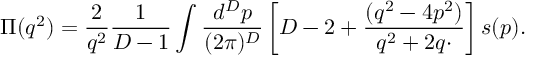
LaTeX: \Pi ( q ^ { 2 } ) = { \frac { 2 } { q ^ { 2 } } } { \frac { 1 } { D - 1 } } \int { \frac { d ^ { D } p } { ( 2 \pi ) ^ { D } } } \left[ D - 2 + { \frac { ( q ^ { 2 } - 4 p ^ { 2 } ) } { q ^ { 2 } + 2 q \cdotp } } \right] s ( p ) .